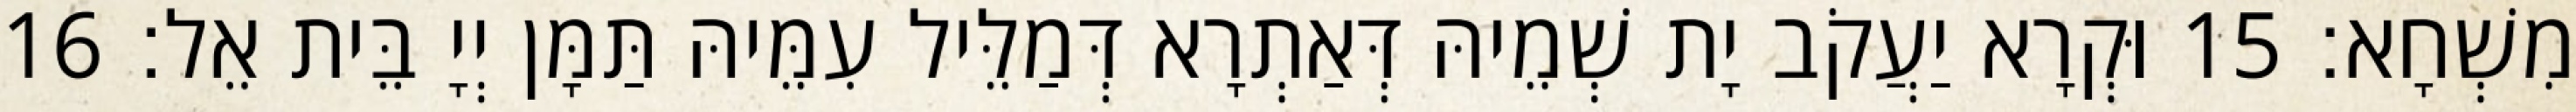
מִשְׁחָא׃ 15 וּקְרָא יַעֲקֹב יָת שְׁמֵיהּ דְּאַתְרָא דְּמַלֵּיל עִמֵּיהּ תַּמָּן יְיָ בֵּית אֵל׃ 16